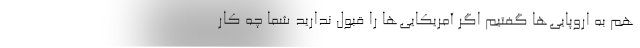
هم به اروپایی‌ها گفتیم اگر آمریکایی‌ها را قبول ندارید شما چه کار